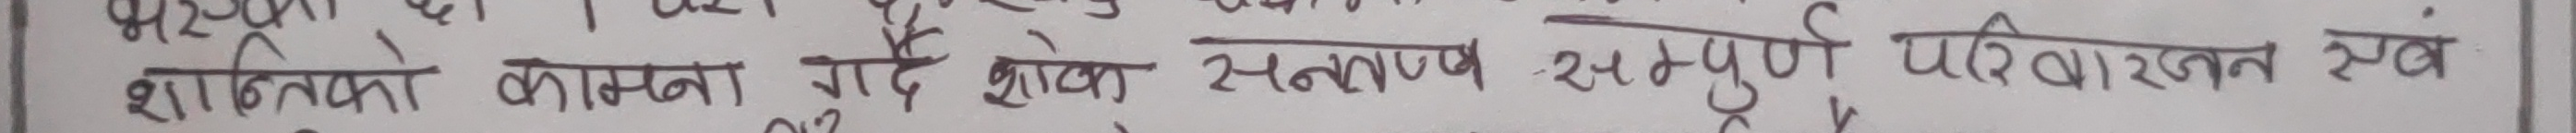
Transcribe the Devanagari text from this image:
शान्तिको कामना गर्दै छोरा-सम्पूर्ण परिबारजन स्वं.